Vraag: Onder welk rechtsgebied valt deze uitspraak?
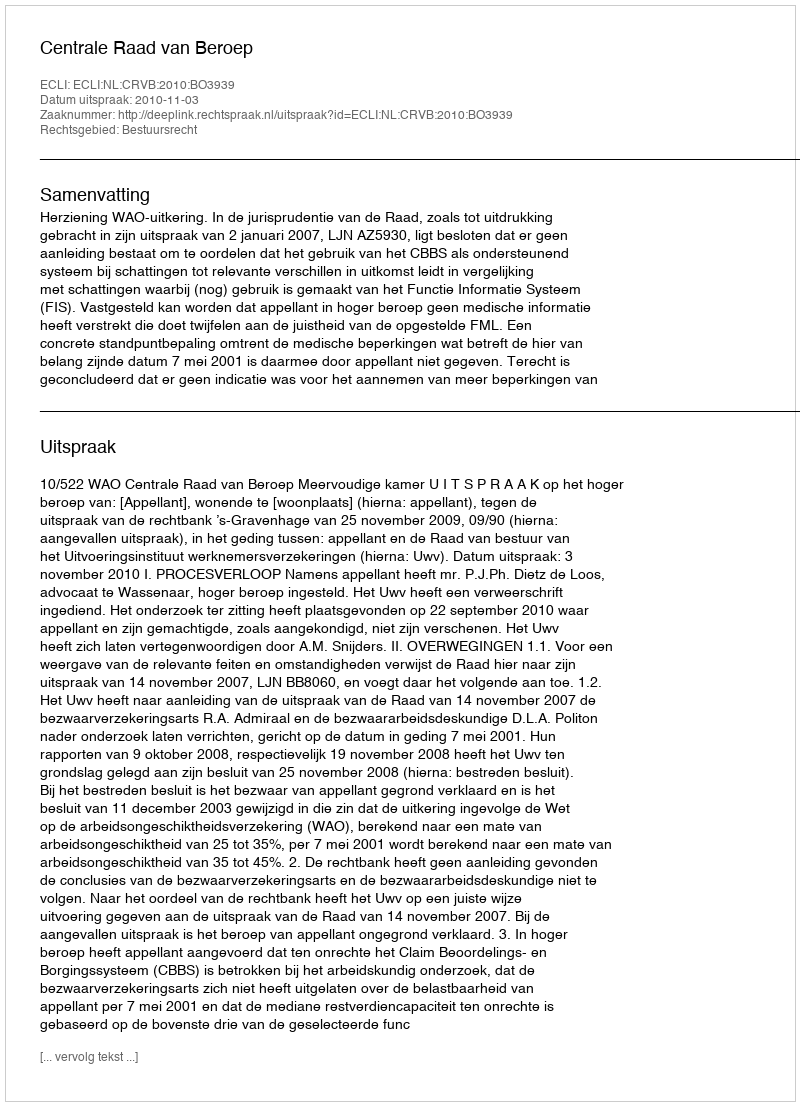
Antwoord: Bestuursrecht